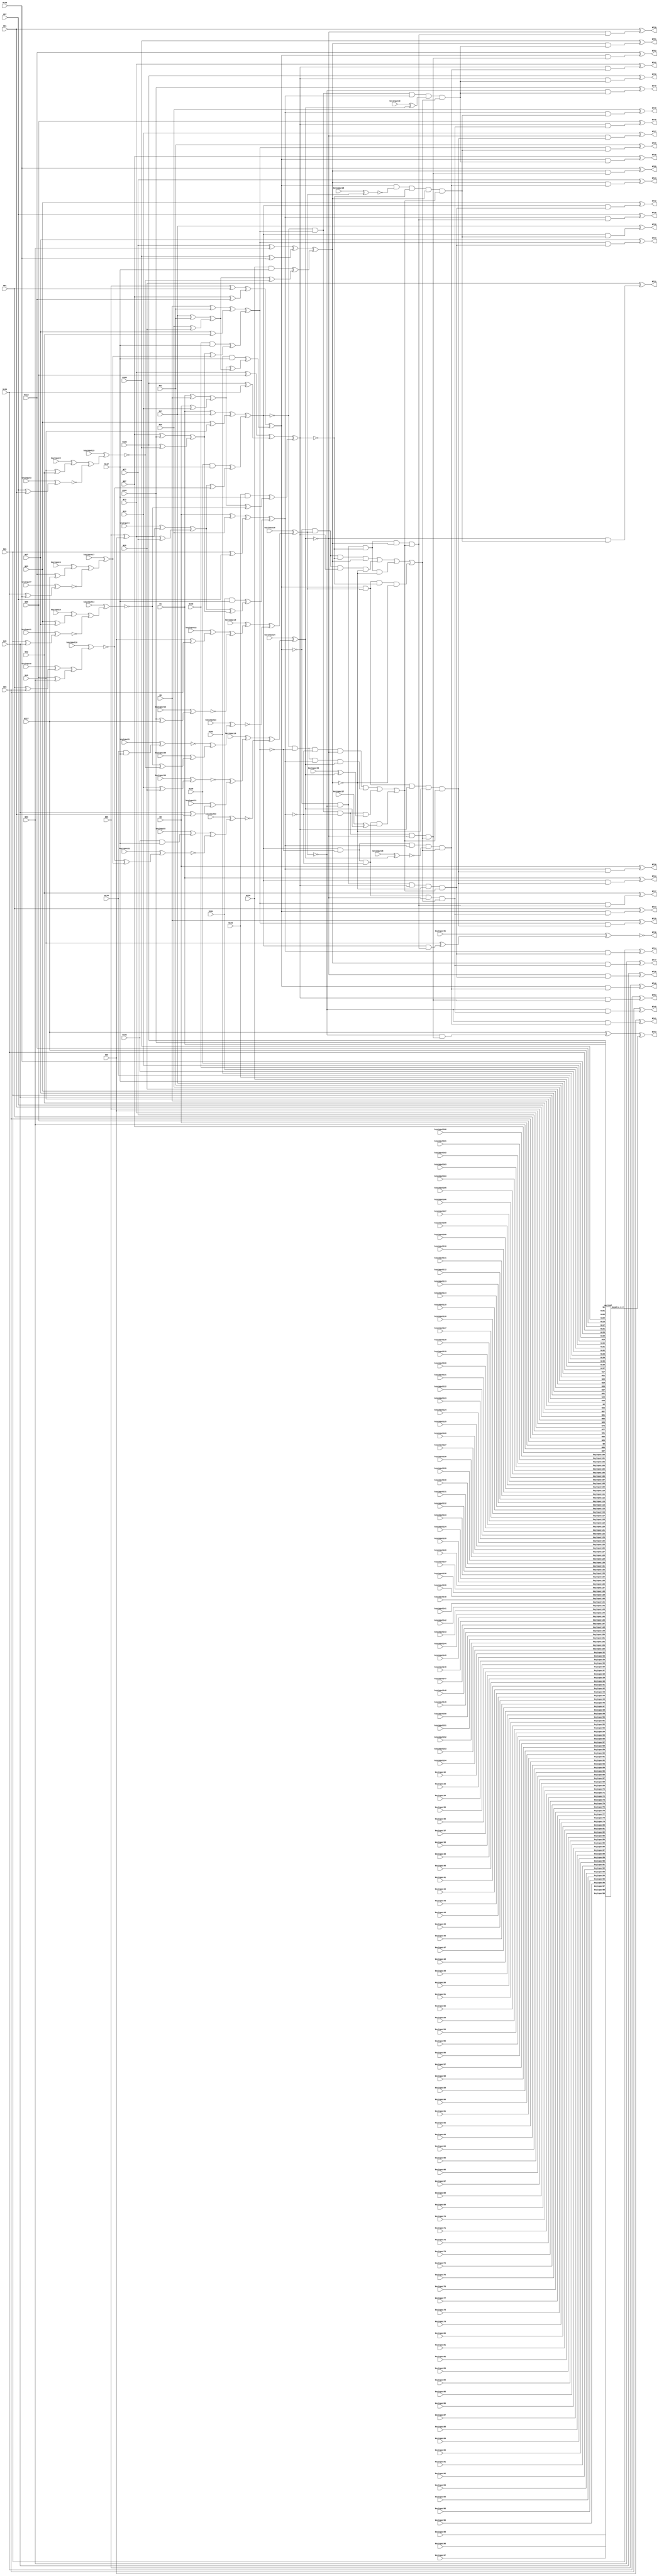
`timescale 1ns / 1ps
// Verilog
// c499
// Ninputs 41
// Noutputs 32
// NtotalGates 202
// XOR2 104
// AND2 40
// NOT1 40
// AND4 8
// OR4 2
// AND5 8

module top (N1,N5,N9,N13,N17,N21,N25,N29,N33,N37,
             N41,N45,N49,N53,N57,N61,N65,N69,N73,N77,
             N81,N85,N89,N93,N97,N101,N105,N109,N113,N117,
             N121,N125,N129,N130,N131,N132,N133,N134,N135,N136,
             N137,N724,N725,N726,N727,N728,N729,N730,N731,N732,
             N733,N734,N735,N736,N737,N738,N739,N740,N741,N742,
             N743,N744,N745,N746,N747,N748,N749,N750,N751,N752,
                  N753,N754,N755,
        keyinput0, keyinput1, keyinput2, keyinput3, keyinput4,
        keyinput5, keyinput6, keyinput7, keyinput8, keyinput9,
        keyinput10, keyinput11, keyinput12, keyinput13, keyinput14,
        keyinput15, keyinput16, keyinput17, keyinput18, keyinput19,
        keyinput20, keyinput21, keyinput22, keyinput23, keyinput24,
        keyinput25, keyinput26, keyinput27, keyinput28, keyinput29,
                  keyinput30, keyinput31,
        keyinput32, keyinput33, keyinput34, keyinput35, keyinput36,
        keyinput37, keyinput38, keyinput39, keyinput40, keyinput41,
        keyinput42, keyinput43, keyinput44, keyinput45, keyinput46,
        keyinput47, keyinput48, keyinput49, keyinput50, keyinput51,
        keyinput52, keyinput53, keyinput54, keyinput55, keyinput56,
        keyinput57, keyinput58, keyinput59, keyinput60, keyinput61,
        keyinput62, keyinput63, keyinput64, keyinput65, keyinput66,
        keyinput67, keyinput68, keyinput69, keyinput70, keyinput71,
        keyinput72, keyinput73, keyinput74, keyinput75, keyinput76,
        keyinput77, keyinput78, keyinput79, keyinput80, keyinput81,
        keyinput82, keyinput83, keyinput84, keyinput85, keyinput86,
        keyinput87, keyinput88, keyinput89, keyinput90, keyinput91,
        keyinput92, keyinput93, keyinput94, keyinput95, keyinput96,
        keyinput97, keyinput98, keyinput99, keyinput100, keyinput101,
        keyinput102, keyinput103, keyinput104, keyinput105, keyinput106,
        keyinput107, keyinput108, keyinput109, keyinput110, keyinput111,
                  keyinput112, keyinput113,
        keyinput114, keyinput115, keyinput116, keyinput117, keyinput118,
        keyinput119, keyinput120, keyinput121, keyinput122, keyinput123,
        keyinput124, keyinput125, keyinput126, keyinput127, keyinput128,
        keyinput129, keyinput130, keyinput131, keyinput132, keyinput133,
        keyinput134, keyinput135, keyinput136, keyinput137, keyinput138,
        keyinput139, keyinput140, keyinput141, keyinput142, keyinput143,
        keyinput144, keyinput145, keyinput146, keyinput147, keyinput148,
        keyinput149, keyinput150, keyinput151, keyinput152, keyinput153,
        keyinput154);

  input keyinput114, keyinput115, keyinput116, keyinput117, keyinput118;
  input keyinput119, keyinput120, keyinput121, keyinput122, keyinput123;
  input keyinput124, keyinput125, keyinput126, keyinput127, keyinput128;
  input keyinput129, keyinput130, keyinput131, keyinput132, keyinput133;
  input keyinput134, keyinput135, keyinput136, keyinput137, keyinput138;
  input keyinput139, keyinput140, keyinput141, keyinput142, keyinput143;
  input keyinput144, keyinput145, keyinput146, keyinput147, keyinput148;
  input keyinput149, keyinput150, keyinput151, keyinput152, keyinput153;
  input keyinput154;


  input keyinput32, keyinput33, keyinput34, keyinput35, keyinput36;
  input keyinput37, keyinput38, keyinput39, keyinput40, keyinput41;
  input keyinput42, keyinput43, keyinput44, keyinput45, keyinput46;
  input keyinput47, keyinput48, keyinput49, keyinput50, keyinput51;
  input keyinput52, keyinput53, keyinput54, keyinput55, keyinput56;
  input keyinput57, keyinput58, keyinput59, keyinput60, keyinput61;
  input keyinput62, keyinput63, keyinput64, keyinput65, keyinput66;
  input keyinput67, keyinput68, keyinput69, keyinput70, keyinput71;
  input keyinput72, keyinput73, keyinput74, keyinput75, keyinput76;
  input keyinput77, keyinput78, keyinput79, keyinput80, keyinput81;
  input keyinput82, keyinput83, keyinput84, keyinput85, keyinput86;
  input keyinput87, keyinput88, keyinput89, keyinput90, keyinput91;
  input keyinput92, keyinput93, keyinput94, keyinput95, keyinput96;
  input keyinput97, keyinput98, keyinput99, keyinput100, keyinput101;
  input keyinput102, keyinput103, keyinput104, keyinput105, keyinput106;
  input keyinput107, keyinput108, keyinput109, keyinput110, keyinput111;
  input keyinput112, keyinput113;

  wire KeyWire_0_1 , KeyWire_0_2;

  input keyinput0, keyinput1, keyinput2, keyinput3, keyinput4;
  input keyinput5, keyinput6, keyinput7, keyinput8, keyinput9;
  input keyinput10, keyinput11, keyinput12, keyinput13, keyinput14;
  input keyinput15, keyinput16, keyinput17, keyinput18, keyinput19;
  input keyinput20, keyinput21, keyinput22, keyinput23, keyinput24;
  input keyinput25, keyinput26, keyinput27, keyinput28, keyinput29;
  input keyinput30, keyinput31;

  wire [0:31] keyinput_Wire_0;
  wire [0:17] KeyNOTWire_0;

input N1,N5,N9,N13,N17,N21,N25,N29,N33,N37,
      N41,N45,N49,N53,N57,N61,N65,N69,N73,N77,
      N81,N85,N89,N93,N97,N101,N105,N109,N113,N117,
      N121,N125,N129,N130,N131,N132,N133,N134,N135,N136,
      N137;

output N724,N725,N726,N727,N728,N729,N730,N731,N732,N733,
       N734,N735,N736,N737,N738,N739,N740,N741,N742,N743,
       N744,N745,N746,N747,N748,N749,N750,N751,N752,N753,
       N754,N755;

wire N250,N251,N252,N253,N254,N255,N256,N257,N258,N259,
     N260,N261,N262,N263,N264,N265,N266,N267,N268,N269,
     N270,N271,N272,N273,N274,N275,N276,N277,N278,N279,
     N280,N281,N282,N283,N284,N285,N286,N287,N288,N289,
     N290,N293,N296,N299,N302,N305,N308,N311,N314,N315,
     N316,N317,N318,N319,N320,N321,N338,N339,N340,N341,
     N342,N343,N344,N345,N346,N347,N348,N349,N350,N351,
     N352,N353,N354,N367,N380,N393,N406,N419,N432,N445,
     N554,N555,N556,N557,N558,N559,N560,N561,N562,N563,
     N564,N565,N566,N567,N568,N569,N570,N571,N572,N573,
     N574,N575,N576,N577,N578,N579,N580,N581,N582,N583,
     N584,N585,N586,N587,N588,N589,N590,N591,N592,N593,
     N594,N595,N596,N597,N598,N599,N600,N601,N602,N607,
     N620,N625,N630,N635,N640,N645,N650,N655,N692,N693,
     N694,N695,N696,N697,N698,N699,N700,N701,N702,N703,
     N704,N705,N706,N707,N708,N709,N710,N711,N712,N713,
     N714,N715,N716,N717,N718,N719,N720,N721,N722,N723;

xor XOR2_1 (N250, N1, N5);
xor XOR2_2 (N251, N9, N13);
xor XOR2_3 (N252, N17, N21);
xor XOR2_4 (N253, N25, N29);
  xor XOR2_5 (keyinput_Wire_0[0], N33, N37);
  xnor keyGate_0_0(KeyNOTWire_0[0], keyinput0, keyinput_Wire_0[0]);
  not KeyNOTGate_0_0(N254, KeyNOTWire_0[0]);
  xor XOR2_6 (keyinput_Wire_0[1], N41, N45);
  xnor keyGate_0_1(N255, keyinput1, keyinput_Wire_0[1]);
  xor XOR2_7 (keyinput_Wire_0[2], N49, N53);
  xnor keyGate_0_2(KeyNOTWire_0[1], keyinput2, keyinput_Wire_0[2]);
  not KeyNOTGate_0_1(N256, KeyNOTWire_0[1]);
  xor XOR2_8 (keyinput_Wire_0[3], N57, N61);
  xnor keyGate_0_3(N257, keyinput3, keyinput_Wire_0[3]);
  xor XOR2_9 (keyinput_Wire_0[4], N65, N69);
  xnor keyGate_0_4(KeyNOTWire_0[2], keyinput4, keyinput_Wire_0[4]);
  not KeyNOTGate_0_2(N258, KeyNOTWire_0[2]);
xor XOR2_10 (N259, N73, N77);
  xor XOR2_11 (keyinput_Wire_0[5], N81, N85);
  xnor keyGate_0_5(KeyNOTWire_0[3], keyinput5, keyinput_Wire_0[5]);
  not KeyNOTGate_0_3(N260, KeyNOTWire_0[3]);
xor XOR2_12 (N261, N89, N93);
xor XOR2_13 (N262, N97, N101);
xor XOR2_14 (N263, N105, N109);
  xor XOR2_15 (keyinput_Wire_0[6], N113, N117);
  xnor keyGate_0_6(KeyNOTWire_0[4], keyinput6, keyinput_Wire_0[6]);
  not KeyNOTGate_0_4(N264, KeyNOTWire_0[4]);
  xor XOR2_16 (keyinput_Wire_0[7], N121, N125);
  xor keyGate_0_7(KeyNOTWire_0[5], keyinput7, keyinput_Wire_0[7]);
  not KeyNOTGate_0_5(N265, KeyNOTWire_0[5]);
and AND2_17 (N266, N129, N137);
and AND2_18 (N267, N130, N137);
and AND2_19 (N268, N131, N137);
  and AND2_20 (keyinput_Wire_0[8], N132, N137);
  xor keyGate_0_8(N269, keyinput8, keyinput_Wire_0[8]);
and AND2_21 (N270, N133, N137);
  and AND2_22 (keyinput_Wire_0[9], N134, N137);
  xnor keyGate_0_9(N271, keyinput9, keyinput_Wire_0[9]);
and AND2_23 (N272, N135, N137);
and AND2_24 (N273, N136, N137);
xor XOR2_25 (N274, N1, N17);
xor XOR2_26 (N275, N33, N49);
xor XOR2_27 (N276, N5, N21);
xor XOR2_28 (N277, N37, N53);
xor XOR2_29 (N278, N9, N25);
xor XOR2_30 (N279, N41, N57);
  xor XOR2_31 (keyinput_Wire_0[10], N13, N29);
  xor keyGate_0_10(KeyNOTWire_0[6], keyinput10, keyinput_Wire_0[10]);
  not KeyNOTGate_0_6(N280, KeyNOTWire_0[6]);
  xor XOR2_32 (keyinput_Wire_0[11], N45, N61);
  xor keyGate_0_11(N281, keyinput11, keyinput_Wire_0[11]);
xor XOR2_33 (N282, N65, N81);
xor XOR2_34 (N283, N97, N113);
  xor XOR2_35 (keyinput_Wire_0[12], N69, N85);
  xnor keyGate_0_12(KeyNOTWire_0[7], keyinput12, keyinput_Wire_0[12]);
  not KeyNOTGate_0_7(N284, KeyNOTWire_0[7]);
  xor XOR2_36 (keyinput_Wire_0[13], N101, N117);
  xnor keyGate_0_13(N285, keyinput13, keyinput_Wire_0[13]);
xor XOR2_37 (N286, N73, N89);
xor XOR2_38 (N287, N105, N121);
xor XOR2_39 (N288, N77, N93);
xor XOR2_40 (N289, N109, N125);
xor XOR2_41 (N290, N250, N251);
xor XOR2_42 (N293, N252, N253);
  xor XOR2_43 (keyinput_Wire_0[14], N254, N255);
  xor keyGate_0_14(KeyNOTWire_0[8], keyinput14, keyinput_Wire_0[14]);
  not KeyNOTGate_0_8(N296, KeyNOTWire_0[8]);
  xor XOR2_44 (keyinput_Wire_0[15], N256, N257);
  xnor keyGate_0_15(N299, keyinput15, keyinput_Wire_0[15]);
xor XOR2_45 (N302, N258, N259);
  xor XOR2_46 (keyinput_Wire_0[16], N260, N261);
  xnor keyGate_0_16(N305, keyinput16, keyinput_Wire_0[16]);
xor XOR2_47 (N308, N262, N263);
  xor XOR2_48 (keyinput_Wire_0[17], N264, N265);
  xnor keyGate_0_17(KeyNOTWire_0[9], keyinput17, keyinput_Wire_0[17]);
  not KeyNOTGate_0_9(N311, KeyNOTWire_0[9]);
xor XOR2_49 (N314, N274, N275);
xor XOR2_50 (N315, N276, N277);
xor XOR2_51 (N316, N278, N279);
  xor XOR2_52 (keyinput_Wire_0[18], N280, N281);
  xor keyGate_0_18(N317, keyinput18, keyinput_Wire_0[18]);
xor XOR2_53 (N318, N282, N283);
  xor XOR2_54 (keyinput_Wire_0[19], N284, N285);
  xnor keyGate_0_19(KeyNOTWire_0[10], keyinput19, keyinput_Wire_0[19]);
  not KeyNOTGate_0_10(N319, KeyNOTWire_0[10]);
xor XOR2_55 (N320, N286, N287);
xor XOR2_56 (N321, N288, N289);
xor XOR2_57 (N338, N290, N293);
  xor XOR2_58 (keyinput_Wire_0[20], N296, N299);
  xnor keyGate_0_20(KeyNOTWire_0[11], keyinput20, keyinput_Wire_0[20]);
  not KeyNOTGate_0_11(N339, KeyNOTWire_0[11]);
xor XOR2_59 (N340, N290, N296);
xor XOR2_60 (N341, N293, N299);
xor XOR2_61 (N342, N302, N305);
xor XOR2_62 (N343, N308, N311);
xor XOR2_63 (N344, N302, N308);
  xor XOR2_64 (keyinput_Wire_0[21], N305, N311);
  xor keyGate_0_21(KeyNOTWire_0[12], keyinput21, keyinput_Wire_0[21]);
  not KeyNOTGate_0_12(N345, KeyNOTWire_0[12]);
xor XOR2_65 (N346, N266, N342);
xor XOR2_66 (N347, N267, N343);
xor XOR2_67 (N348, N268, N344);
  xor XOR2_68 (keyinput_Wire_0[22], N269, N345);
  xnor keyGate_0_22(N349, keyinput22, keyinput_Wire_0[22]);
xor XOR2_69 (N350, N270, N338);
  xor XOR2_70 (keyinput_Wire_0[23], N271, N339);
  xor keyGate_0_23(KeyNOTWire_0[13], keyinput23, keyinput_Wire_0[23]);
  not KeyNOTGate_0_13(N351, KeyNOTWire_0[13]);
xor XOR2_71 (N352, N272, N340);
xor XOR2_72 (N353, N273, N341);
xor XOR2_73 (N354, N314, N346);
xor XOR2_74 (N367, N315, N347);
xor XOR2_75 (N380, N316, N348);
  xor XOR2_76 (keyinput_Wire_0[24], N317, N349);
  xnor keyGate_0_24(N393, keyinput24, keyinput_Wire_0[24]);
xor XOR2_77 (N406, N318, N350);
  xor XOR2_78 (keyinput_Wire_0[25], N319, N351);
  xnor keyGate_0_25(N419, keyinput25, keyinput_Wire_0[25]);
xor XOR2_79 (N432, N320, N352);
xor XOR2_80 (N445, N321, N353);
not NOT1_81 (N554, N354);
not NOT1_82 (N555, N367);
not NOT1_83 (N556, N380);
not NOT1_84 (N557, N354);
not NOT1_85 (N558, N367);
not NOT1_86 (N559, N393);
not NOT1_87 (N560, N354);
not NOT1_88 (N561, N380);
  not NOT1_89 (keyinput_Wire_0[26], N393);
  xnor keyGate_0_26(KeyNOTWire_0[14], keyinput26, keyinput_Wire_0[26]);
  not KeyNOTGate_0_14(N562, KeyNOTWire_0[14]);
not NOT1_90 (N563, N367);
not NOT1_91 (N564, N380);
  not NOT1_92 (keyinput_Wire_0[27], N393);
  xnor keyGate_0_27(KeyNOTWire_0[15], keyinput27, keyinput_Wire_0[27]);
  not KeyNOTGate_0_15(N565, KeyNOTWire_0[15]);
not NOT1_93 (N566, N419);
not NOT1_94 (N567, N445);
  not NOT1_95 (keyinput_Wire_0[28], N419);
  xnor keyGate_0_28(N568, keyinput28, keyinput_Wire_0[28]);
not NOT1_96 (N569, N432);
not NOT1_97 (N570, N406);
not NOT1_98 (N571, N445);
not NOT1_99 (N572, N406);
not NOT1_100 (N573, N432);
not NOT1_101 (N574, N406);
not NOT1_102 (N575, N419);
not NOT1_103 (N576, N432);
not NOT1_104 (N577, N406);
not NOT1_105 (N578, N419);
not NOT1_106 (N579, N445);
not NOT1_107 (N580, N406);
not NOT1_108 (N581, N432);
not NOT1_109 (N582, N445);
not NOT1_110 (N583, N419);
not NOT1_111 (N584, N432);
not NOT1_112 (N585, N445);
not NOT1_113 (N586, N367);
  not NOT1_114 (keyinput_Wire_0[29], N393);
  xor keyGate_0_29(KeyNOTWire_0[16], keyinput29, keyinput_Wire_0[29]);
  not KeyNOTGate_0_16(N587, KeyNOTWire_0[16]);
not NOT1_115 (N588, N367);
not NOT1_116 (N589, N380);
not NOT1_117 (N590, N354);
  not NOT1_118 (keyinput_Wire_0[30], N393);
  xnor keyGate_0_30(KeyNOTWire_0[17], keyinput30, keyinput_Wire_0[30]);
  not KeyNOTGate_0_17(N591, KeyNOTWire_0[17]);
not NOT1_119 (N592, N354);
not NOT1_120 (N593, N380);
and AND4_121 (N594, N554, N555, N556, N393);
and AND4_122 (N595, N557, N558, N380, N559);
and AND4_123 (N596, N560, N367, N561, N562);
and AND4_124 (N597, N354, N563, N564, N565);
and AND4_125 (N598, N574, N575, N576, N445);
and AND4_126 (N599, N577, N578, N432, N579);
and AND4_127 (N600, N580, N419, N581, N582);
and AND4_128 (N601, N406, N583, N584, N585);
or OR4_129 (N602, N594, N595, N596, N597);
or OR4_130 (N607, N598, N599, N600, N601);
and AND5_131 (N620, N406, N566, N432, N567, N602);
and AND5_132 (N625, N406, N568, N569, N445, N602);
and AND5_133 (N630, N570, N419, N432, N571, N602);
and AND5_134 (N635, N572, N419, N573, N445, N602);
and AND5_135 (N640, N354, N586, N380, N587, N607);
and AND5_136 (N645, N354, N588, N589, N393, N607);
and AND5_137 (N650, N590, N367, N380, N591, N607);
and AND5_138 (N655, N592, N367, N593, N393, N607);
and AND2_139 (N692, N354, N620);
and AND2_140 (N693, N367, N620);
and AND2_141 (N694, N380, N620);
and AND2_142 (N695, N393, N620);
and AND2_143 (N696, N354, N625);
and AND2_144 (N697, N367, N625);
and AND2_145 (N698, N380, N625);
and AND2_146 (N699, N393, N625);
and AND2_147 (N700, N354, N630);
and AND2_148 (N701, N367, N630);
and AND2_149 (N702, N380, N630);
and AND2_150 (N703, N393, N630);
and AND2_151 (N704, N354, N635);
and AND2_152 (N705, N367, N635);
and AND2_153 (N706, N380, N635);
and AND2_154 (N707, N393, N635);
and AND2_155 (N708, N406, N640);
and AND2_156 (N709, N419, N640);
and AND2_157 (N710, N432, N640);
and AND2_158 (N711, N445, N640);
and AND2_159 (N712, N406, N645);
and AND2_160 (N713, N419, N645);
and AND2_161 (N714, N432, N645);
and AND2_162 (N715, N445, N645);
and AND2_163 (N716, N406, N650);
and AND2_164 (N717, N419, N650);
and AND2_165 (N718, N432, N650);
and AND2_166 (N719, N445, N650);
and AND2_167 (N720, N406, N655);
and AND2_168 (N721, N419, N655);
and AND2_169 (N722, N432, N655);
and AND2_170 (N723, N445, N655);
xor XOR2_171 (N724, N1, N692);
xor XOR2_172 (N725, N5, N693);
xor XOR2_173 (N726, N9, N694);
xor XOR2_174 (N727, N13, N695);
xor XOR2_175 (N728, N17, N696);
xor XOR2_176 (N729, N21, N697);
xor XOR2_177 (N730, N25, N698);
xor XOR2_178 (N731, N29, N699);
xor XOR2_179 (N732, N33, N700);
xor XOR2_180 (N733, N37, N701);
xor XOR2_181 (N734, N41, N702);
xor XOR2_182 (N735, N45, N703);
  xor XOR2_183 (keyinput_Wire_0[31], N49, N704);
  xnor keyGate_0_31(N736, keyinput31, keyinput_Wire_0[31]);
xor XOR2_184 (N737, N53, N705);
xor XOR2_185 (N738, N57, N706);
xor XOR2_186 (N739, N61, N707);
xor XOR2_187 (N740, N65, N708);
xor XOR2_188 (N741, N69, N709);
xor XOR2_189 (N742, N73, N710);
xor XOR2_190 (N743, N77, N711);
xor XOR2_191 (N744, N81, N712);
xor XOR2_192 (N745, N85, N713);
xor XOR2_193 (N746, N89, N714);
xor XOR2_194 (N747, N93, N715);
xor XOR2_195 (N748, N97, N716);
xor XOR2_196 (N749, N101, N717);
xor XOR2_197 (N750, N105, N718);
xor XOR2_198 (N751, N109, N719);
xor XOR2_199 (N752, N113, N720);
xor XOR2_200 (KeyWire_0_1, N117, N721);
  xor flip_it (N753, KeyWire_0_1, KeyWire_0_2 );
xor XOR2_201 (N754, N121, N722);
xor XOR2_202 (N755, N125, N723);

AntiSAT some_name( KeyWire_0_2, N57, N101, N131, N113, N33, N17, N21, N130, N121, N49, N73, N129, N1, N132, N117, N29, N81, N85, N97, N137, N77, N65, N37, N53, N61, N105, N136, N89, N41, N13, N135, N69, N109, N134, N5, N25, N93, N9, N125, N133, N45, keyinput32, keyinput33, keyinput34, keyinput35, keyinput36, keyinput37, keyinput38, keyinput39, keyinput40, keyinput41, keyinput42, keyinput43, keyinput44, keyinput45, keyinput46, keyinput47, keyinput48, keyinput49, keyinput50, keyinput51, keyinput52, keyinput53, keyinput54, keyinput55, keyinput56, keyinput57, keyinput58, keyinput59, keyinput60, keyinput61, keyinput62, keyinput63, keyinput64, keyinput65, keyinput66, keyinput67, keyinput68, keyinput69, keyinput70, keyinput71, keyinput72, keyinput73, keyinput74, keyinput75, keyinput76, keyinput77, keyinput78, keyinput79, keyinput80, keyinput81, keyinput82, keyinput83, keyinput84, keyinput85, keyinput86, keyinput87, keyinput88, keyinput89, keyinput90, keyinput91, keyinput92, keyinput93, keyinput94, keyinput95, keyinput96, keyinput97, keyinput98, keyinput99, keyinput100, keyinput101, keyinput102, keyinput103, keyinput104, keyinput105, keyinput106, keyinput107, keyinput108, keyinput109, keyinput110, keyinput111, keyinput112, keyinput113,
       keyinput114, keyinput115, keyinput116, keyinput117, keyinput118,
       keyinput119, keyinput120, keyinput121, keyinput122, keyinput123,
       keyinput124, keyinput125, keyinput126, keyinput127, keyinput128,
       keyinput129, keyinput130, keyinput131, keyinput132, keyinput133,
       keyinput134, keyinput135, keyinput136, keyinput137, keyinput138,
       keyinput139, keyinput140, keyinput141, keyinput142, keyinput143,
       keyinput144, keyinput145, keyinput146, keyinput147, keyinput148,
       keyinput149, keyinput150, keyinput151, keyinput152, keyinput153,
       keyinput154);

endmodule

/*************************************************************************/

module AntiSAT (KeyWire_0_2, N57, N101, N131, N113, N33, N17, N21, N130, N121, N49, N73, N129, N1, N132, N117, N29, N81, N85, N97, N137, N77, N65, N37, N53, N61, N105, N136, N89, N41, N13, N135, N69, N109, N134, N5, N25, N93, N9, N125, N133, N45, keyinput32, keyinput33, keyinput34, keyinput35, keyinput36, keyinput37, keyinput38, keyinput39, keyinput40, keyinput41, keyinput42, keyinput43, keyinput44, keyinput45, keyinput46, keyinput47, keyinput48, keyinput49, keyinput50, keyinput51, keyinput52, keyinput53, keyinput54, keyinput55, keyinput56, keyinput57, keyinput58, keyinput59, keyinput60, keyinput61, keyinput62, keyinput63, keyinput64, keyinput65, keyinput66, keyinput67, keyinput68, keyinput69, keyinput70, keyinput71, keyinput72, keyinput73, keyinput74, keyinput75, keyinput76, keyinput77, keyinput78, keyinput79, keyinput80, keyinput81, keyinput82, keyinput83, keyinput84, keyinput85, keyinput86, keyinput87, keyinput88, keyinput89, keyinput90, keyinput91, keyinput92, keyinput93, keyinput94, keyinput95, keyinput96, keyinput97, keyinput98, keyinput99, keyinput100, keyinput101, keyinput102, keyinput103, keyinput104, keyinput105, keyinput106, keyinput107, keyinput108, keyinput109, keyinput110, keyinput111, keyinput112, keyinput113 ,
        keyinput114, keyinput115, keyinput116, keyinput117, keyinput118,
        keyinput119, keyinput120, keyinput121, keyinput122, keyinput123,
        keyinput124, keyinput125, keyinput126, keyinput127, keyinput128,
        keyinput129, keyinput130, keyinput131, keyinput132, keyinput133,
        keyinput134, keyinput135, keyinput136, keyinput137, keyinput138,
        keyinput139, keyinput140, keyinput141, keyinput142, keyinput143,
        keyinput144, keyinput145, keyinput146, keyinput147, keyinput148,
        keyinput149, keyinput150, keyinput151, keyinput152, keyinput153,
        keyinput154);

  input keyinput114, keyinput115, keyinput116, keyinput117, keyinput118;
  input keyinput119, keyinput120, keyinput121, keyinput122, keyinput123;
  input keyinput124, keyinput125, keyinput126, keyinput127, keyinput128;
  input keyinput129, keyinput130, keyinput131, keyinput132, keyinput133;
  input keyinput134, keyinput135, keyinput136, keyinput137, keyinput138;
  input keyinput139, keyinput140, keyinput141, keyinput142, keyinput143;
  input keyinput144, keyinput145, keyinput146, keyinput147, keyinput148;
  input keyinput149, keyinput150, keyinput151, keyinput152, keyinput153;
  input keyinput154;

  wire [0:40] keyNTin_Wire_1;
  wire [0:22] KeyNOTWire_1;

  input N57, N101, N131, N113, N33, N17, N21, N130, N121, N49, N73, N129, N1, N132, N117, N29, N81, N85, N97, N137, N77, N65, N37, N53, N61, N105, N136, N89, N41, N13, N135, N69, N109, N134, N5, N25, N93, N9, N125, N133, N45;
  input keyinput32, keyinput33, keyinput34, keyinput35, keyinput36, keyinput37, keyinput38, keyinput39, keyinput40, keyinput41, keyinput42, keyinput43, keyinput44, keyinput45, keyinput46, keyinput47, keyinput48, keyinput49, keyinput50, keyinput51, keyinput52, keyinput53, keyinput54, keyinput55, keyinput56, keyinput57, keyinput58, keyinput59, keyinput60, keyinput61, keyinput62, keyinput63, keyinput64, keyinput65, keyinput66, keyinput67, keyinput68, keyinput69, keyinput70, keyinput71, keyinput72, keyinput73, keyinput74, keyinput75, keyinput76, keyinput77, keyinput78, keyinput79, keyinput80, keyinput81, keyinput82, keyinput83, keyinput84, keyinput85, keyinput86, keyinput87, keyinput88, keyinput89, keyinput90, keyinput91, keyinput92, keyinput93, keyinput94, keyinput95, keyinput96, keyinput97, keyinput98, keyinput99, keyinput100, keyinput101, keyinput102, keyinput103, keyinput104, keyinput105, keyinput106, keyinput107, keyinput108, keyinput109, keyinput110, keyinput111, keyinput112, keyinput113;
  output KeyWire_0_2;
  wire newWire_0, newWire_1, newWire_2, newWire_3, newWire_4, newWire_5, newWire_6, newWire_7, newWire_8, newWire_9, newWire_10, newWire_11, newWire_12, newWire_13, newWire_14, newWire_15, newWire_16, newWire_17, newWire_18, newWire_19, newWire_20, newWire_21, newWire_22, newWire_23, newWire_24, newWire_25, newWire_26, newWire_27, newWire_28, newWire_29, newWire_30, newWire_31, newWire_32, newWire_33, newWire_34, newWire_35, newWire_36, newWire_37, newWire_38, newWire_39, newWire_40, newWire_41, newWire_42, newWire_43, newWire_44, newWire_45, newWire_46, newWire_47, newWire_48, newWire_49, newWire_50, newWire_51, newWire_52, newWire_53, newWire_54, newWire_55, newWire_56, newWire_57, newWire_58, newWire_59, newWire_60, newWire_61, newWire_62, newWire_63, newWire_64, newWire_65, newWire_66, newWire_67, newWire_68, newWire_69, newWire_70, newWire_71, newWire_72, newWire_73, newWire_74, newWire_75, newWire_76, newWire_77, newWire_78, newWire_79, newWire_80, newWire_81, newWire_82, newWire_83 ;

  xor  KeyGate0 (keyNTin_Wire_1[0], N57, keyinput32);
  xnor keyNTinGate_1_0(newWire_0, keyinput114, keyNTin_Wire_1[0]);
  xnor KeyGate1 (keyNTin_Wire_1[1], N101, keyinput33);
  xor keyNTinGate_1_1(KeyNOTWire_1[0], keyinput115, keyNTin_Wire_1[1]);
  not KeyNOTGate_1_0(newWire_1, KeyNOTWire_1[0]);
  xnor KeyGate2 (keyNTin_Wire_1[2], N131, keyinput34);
  xor keyNTinGate_1_2(newWire_2, keyinput116, keyNTin_Wire_1[2]);
  xor  KeyGate3 (keyNTin_Wire_1[3], N113, keyinput35);
  xnor keyNTinGate_1_3(newWire_3, keyinput117, keyNTin_Wire_1[3]);
  xor  KeyGate4 (newWire_4, N33, keyinput36);
  xnor KeyGate5 (keyNTin_Wire_1[4], N17, keyinput37);
  xnor keyNTinGate_1_4(KeyNOTWire_1[1], keyinput118, keyNTin_Wire_1[4]);
  not KeyNOTGate_1_1(newWire_5, KeyNOTWire_1[1]);
  xor  KeyGate6 (keyNTin_Wire_1[5], N21, keyinput38);
  xnor keyNTinGate_1_5(KeyNOTWire_1[2], keyinput119, keyNTin_Wire_1[5]);
  not KeyNOTGate_1_2(newWire_6, KeyNOTWire_1[2]);
  xnor KeyGate7 (newWire_7, N130, keyinput39);
  xnor KeyGate8 (newWire_8, N121, keyinput40);
  xnor KeyGate9 (keyNTin_Wire_1[6], N49, keyinput41);
  xor keyNTinGate_1_6(newWire_9, keyinput120, keyNTin_Wire_1[6]);
  xor  KeyGate10 (newWire_10, N73, keyinput42);
  xnor KeyGate11 (newWire_11, N129, keyinput43);
  xor  KeyGate12 (newWire_12, N1, keyinput44);
  xnor KeyGate13 (newWire_13, N132, keyinput45);
  xnor KeyGate14 (keyNTin_Wire_1[7], N117, keyinput46);
  xor keyNTinGate_1_7(newWire_14, keyinput121, keyNTin_Wire_1[7]);
  xor  KeyGate15 (keyNTin_Wire_1[8], N29, keyinput47);
  xnor keyNTinGate_1_8(newWire_15, keyinput122, keyNTin_Wire_1[8]);
  xor  KeyGate16 (newWire_16, N81, keyinput48);
  xor  KeyGate17 (newWire_17, N85, keyinput49);
  xnor KeyGate18 (keyNTin_Wire_1[9], N97, keyinput50);
  xnor keyNTinGate_1_9(KeyNOTWire_1[3], keyinput123, keyNTin_Wire_1[9]);
  not KeyNOTGate_1_3(newWire_18, KeyNOTWire_1[3]);
  xnor KeyGate19 (keyNTin_Wire_1[10], N137, keyinput51);
  xnor keyNTinGate_1_10(KeyNOTWire_1[4], keyinput124, keyNTin_Wire_1[10]);
  not KeyNOTGate_1_4(newWire_19, KeyNOTWire_1[4]);
  xor  KeyGate20 (newWire_20, N77, keyinput52);
  xor  KeyGate21 (keyNTin_Wire_1[11], N65, keyinput53);
  xnor keyNTinGate_1_11(newWire_21, keyinput125, keyNTin_Wire_1[11]);
  xnor KeyGate22 (newWire_22, N37, keyinput54);
  xor  KeyGate23 (keyNTin_Wire_1[12], N53, keyinput55);
  xor keyNTinGate_1_12(KeyNOTWire_1[5], keyinput126, keyNTin_Wire_1[12]);
  not KeyNOTGate_1_5(newWire_23, KeyNOTWire_1[5]);
  xnor KeyGate24 (keyNTin_Wire_1[13], N61, keyinput56);
  xor keyNTinGate_1_13(KeyNOTWire_1[6], keyinput127, keyNTin_Wire_1[13]);
  not KeyNOTGate_1_6(newWire_24, KeyNOTWire_1[6]);
  xnor KeyGate25 (keyNTin_Wire_1[14], N105, keyinput57);
  xnor keyNTinGate_1_14(KeyNOTWire_1[7], keyinput128, keyNTin_Wire_1[14]);
  not KeyNOTGate_1_7(newWire_25, KeyNOTWire_1[7]);
  xor  KeyGate26 (keyNTin_Wire_1[15], N136, keyinput58);
  xor keyNTinGate_1_15(newWire_26, keyinput129, keyNTin_Wire_1[15]);
  xor  KeyGate27 (newWire_27, N89, keyinput59);
  xor  KeyGate28 (keyNTin_Wire_1[16], N41, keyinput60);
  xor keyNTinGate_1_16(KeyNOTWire_1[8], keyinput130, keyNTin_Wire_1[16]);
  not KeyNOTGate_1_8(newWire_28, KeyNOTWire_1[8]);
  xnor KeyGate29 (newWire_29, N13, keyinput61);
  xor  KeyGate30 (keyNTin_Wire_1[17], N135, keyinput62);
  xor keyNTinGate_1_17(KeyNOTWire_1[9], keyinput131, keyNTin_Wire_1[17]);
  not KeyNOTGate_1_9(newWire_30, KeyNOTWire_1[9]);
  xor  KeyGate31 (newWire_31, N69, keyinput63);
  xnor KeyGate32 (newWire_32, N109, keyinput64);
  xnor KeyGate33 (newWire_33, N134, keyinput65);
  xnor KeyGate34 (keyNTin_Wire_1[18], N5, keyinput66);
  xnor keyNTinGate_1_18(KeyNOTWire_1[10], keyinput132, keyNTin_Wire_1[18]);
  not KeyNOTGate_1_10(newWire_34, KeyNOTWire_1[10]);
  xor  KeyGate35 (keyNTin_Wire_1[19], N25, keyinput67);
  xor keyNTinGate_1_19(newWire_35, keyinput133, keyNTin_Wire_1[19]);
  xnor KeyGate36 (newWire_36, N93, keyinput68);
  xnor KeyGate37 (newWire_37, N9, keyinput69);
  xnor KeyGate38 (keyNTin_Wire_1[20], N125, keyinput70);
  xor keyNTinGate_1_20(KeyNOTWire_1[11], keyinput134, keyNTin_Wire_1[20]);
  not KeyNOTGate_1_11(newWire_38, KeyNOTWire_1[11]);
  xnor KeyGate39 (keyNTin_Wire_1[21], N133, keyinput71);
  xor keyNTinGate_1_21(KeyNOTWire_1[12], keyinput135, keyNTin_Wire_1[21]);
  not KeyNOTGate_1_12(newWire_39, KeyNOTWire_1[12]);
  xor  KeyGate40 (newWire_40, N45, keyinput72);
  xnor KeyGate41 (newWire_41, N57, keyinput73);
  xor  KeyGate42 (newWire_42, N101, keyinput74);
  xor  KeyGate43 (keyNTin_Wire_1[22], N131, keyinput75);
  xnor keyNTinGate_1_22(KeyNOTWire_1[13], keyinput136, keyNTin_Wire_1[22]);
  not KeyNOTGate_1_13(newWire_43, KeyNOTWire_1[13]);
  xnor KeyGate44 (keyNTin_Wire_1[23], N113, keyinput76);
  xnor keyNTinGate_1_23(newWire_44, keyinput137, keyNTin_Wire_1[23]);
  xnor KeyGate45 (newWire_45, N33, keyinput77);
  xor  KeyGate46 (newWire_46, N17, keyinput78);
  xor  KeyGate47 (keyNTin_Wire_1[24], N21, keyinput79);
  xnor keyNTinGate_1_24(KeyNOTWire_1[14], keyinput138, keyNTin_Wire_1[24]);
  not KeyNOTGate_1_14(newWire_47, KeyNOTWire_1[14]);
  xor  KeyGate48 (keyNTin_Wire_1[25], N130, keyinput80);
  xor keyNTinGate_1_25(KeyNOTWire_1[15], keyinput139, keyNTin_Wire_1[25]);
  not KeyNOTGate_1_15(newWire_48, KeyNOTWire_1[15]);
  xnor KeyGate49 (keyNTin_Wire_1[26], N121, keyinput81);
  xor keyNTinGate_1_26(KeyNOTWire_1[16], keyinput140, keyNTin_Wire_1[26]);
  not KeyNOTGate_1_16(newWire_49, KeyNOTWire_1[16]);
  xor  KeyGate50 (keyNTin_Wire_1[27], N49, keyinput82);
  xnor keyNTinGate_1_27(KeyNOTWire_1[17], keyinput141, keyNTin_Wire_1[27]);
  not KeyNOTGate_1_17(newWire_50, KeyNOTWire_1[17]);
  xnor KeyGate51 (newWire_51, N73, keyinput83);
  xnor KeyGate52 (keyNTin_Wire_1[28], N129, keyinput84);
  xnor keyNTinGate_1_28(newWire_52, keyinput142, keyNTin_Wire_1[28]);
  xnor KeyGate53 (newWire_53, N1, keyinput85);
  xor  KeyGate54 (keyNTin_Wire_1[29], N132, keyinput86);
  xor keyNTinGate_1_29(newWire_54, keyinput143, keyNTin_Wire_1[29]);
  xnor KeyGate55 (keyNTin_Wire_1[30], N117, keyinput87);
  xor keyNTinGate_1_30(newWire_55, keyinput144, keyNTin_Wire_1[30]);
  xnor KeyGate56 (keyNTin_Wire_1[31], N29, keyinput88);
  xor keyNTinGate_1_31(KeyNOTWire_1[18], keyinput145, keyNTin_Wire_1[31]);
  not KeyNOTGate_1_18(newWire_56, KeyNOTWire_1[18]);
  xnor KeyGate57 (keyNTin_Wire_1[32], N81, keyinput89);
  xnor keyNTinGate_1_32(newWire_57, keyinput146, keyNTin_Wire_1[32]);
  xor  KeyGate58 (newWire_58, N85, keyinput90);
  xor  KeyGate59 (keyNTin_Wire_1[33], N97, keyinput91);
  xnor keyNTinGate_1_33(newWire_59, keyinput147, keyNTin_Wire_1[33]);
  xor  KeyGate60 (newWire_60, N137, keyinput92);
  xor  KeyGate61 (newWire_61, N77, keyinput93);
  xor  KeyGate62 (newWire_62, N65, keyinput94);
  xnor KeyGate63 (newWire_63, N37, keyinput95);
  xor  KeyGate64 (newWire_64, N53, keyinput96);
  xor  KeyGate65 (keyNTin_Wire_1[34], N61, keyinput97);
  xnor keyNTinGate_1_34(KeyNOTWire_1[19], keyinput148, keyNTin_Wire_1[34]);
  not KeyNOTGate_1_19(newWire_65, KeyNOTWire_1[19]);
  xnor KeyGate66 (newWire_66, N105, keyinput98);
  xnor KeyGate67 (keyNTin_Wire_1[35], N136, keyinput99);
  xnor keyNTinGate_1_35(KeyNOTWire_1[20], keyinput149, keyNTin_Wire_1[35]);
  not KeyNOTGate_1_20(newWire_67, KeyNOTWire_1[20]);
  xor  KeyGate68 (keyNTin_Wire_1[36], N89, keyinput100);
  xnor keyNTinGate_1_36(newWire_68, keyinput150, keyNTin_Wire_1[36]);
  xor  KeyGate69 (newWire_69, N41, keyinput101);
  xor  KeyGate70 (keyNTin_Wire_1[37], N13, keyinput102);
  xor keyNTinGate_1_37(KeyNOTWire_1[21], keyinput151, keyNTin_Wire_1[37]);
  not KeyNOTGate_1_21(newWire_70, KeyNOTWire_1[21]);
  xnor KeyGate71 (newWire_71, N135, keyinput103);
  xor  KeyGate72 (keyNTin_Wire_1[38], N69, keyinput104);
  xnor keyNTinGate_1_38(newWire_72, keyinput152, keyNTin_Wire_1[38]);
  xnor KeyGate73 (newWire_73, N109, keyinput105);
  xor  KeyGate74 (newWire_74, N134, keyinput106);
  xor  KeyGate75 (newWire_75, N5, keyinput107);
  xnor KeyGate76 (newWire_76, N25, keyinput108);
  xor  KeyGate77 (newWire_77, N93, keyinput109);
  xor  KeyGate78 (newWire_78, N9, keyinput110);
  xor  KeyGate79 (newWire_79, N125, keyinput111);
  xor  KeyGate80 (newWire_80, N133, keyinput112);
  xnor KeyGate81 (newWire_81, N45, keyinput113);
  and some_function (keyNTin_Wire_1[39], newWire_0, newWire_1, newWire_2, newWire_3, newWire_4, newWire_5, newWire_6, newWire_7, newWire_8, newWire_9, newWire_10, newWire_11, newWire_12, newWire_13, newWire_14, newWire_15, newWire_16, newWire_17, newWire_18, newWire_19, newWire_20, newWire_21, newWire_22, newWire_23, newWire_24, newWire_25, newWire_26, newWire_27, newWire_28, newWire_29, newWire_30, newWire_31, newWire_32, newWire_33, newWire_34, newWire_35, newWire_36, newWire_37, newWire_38, newWire_39, newWire_40 );
  xnor keyNTinGate_1_39(newWire_82, keyinput153, keyNTin_Wire_1[39]);
  nand compl_function (newWire_83, newWire_41, newWire_42, newWire_43, newWire_44, newWire_45, newWire_46, newWire_47, newWire_48, newWire_49, newWire_50, newWire_51, newWire_52, newWire_53, newWire_54, newWire_55, newWire_56, newWire_57, newWire_58, newWire_59, newWire_60, newWire_61, newWire_62, newWire_63, newWire_64, newWire_65, newWire_66, newWire_67, newWire_68, newWire_69, newWire_70, newWire_71, newWire_72, newWire_73, newWire_74, newWire_75, newWire_76, newWire_77, newWire_78, newWire_79, newWire_80, newWire_81);
  and finalAND (keyNTin_Wire_1[40], newWire_82, newWire_83);
  xor keyNTinGate_1_40(KeyNOTWire_1[22], keyinput154, keyNTin_Wire_1[40]);
  not KeyNOTGate_1_22(KeyWire_0_2, KeyNOTWire_1[22]);

endmodule /* AntiSAT */